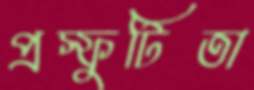
প্রস্ফুটিতা